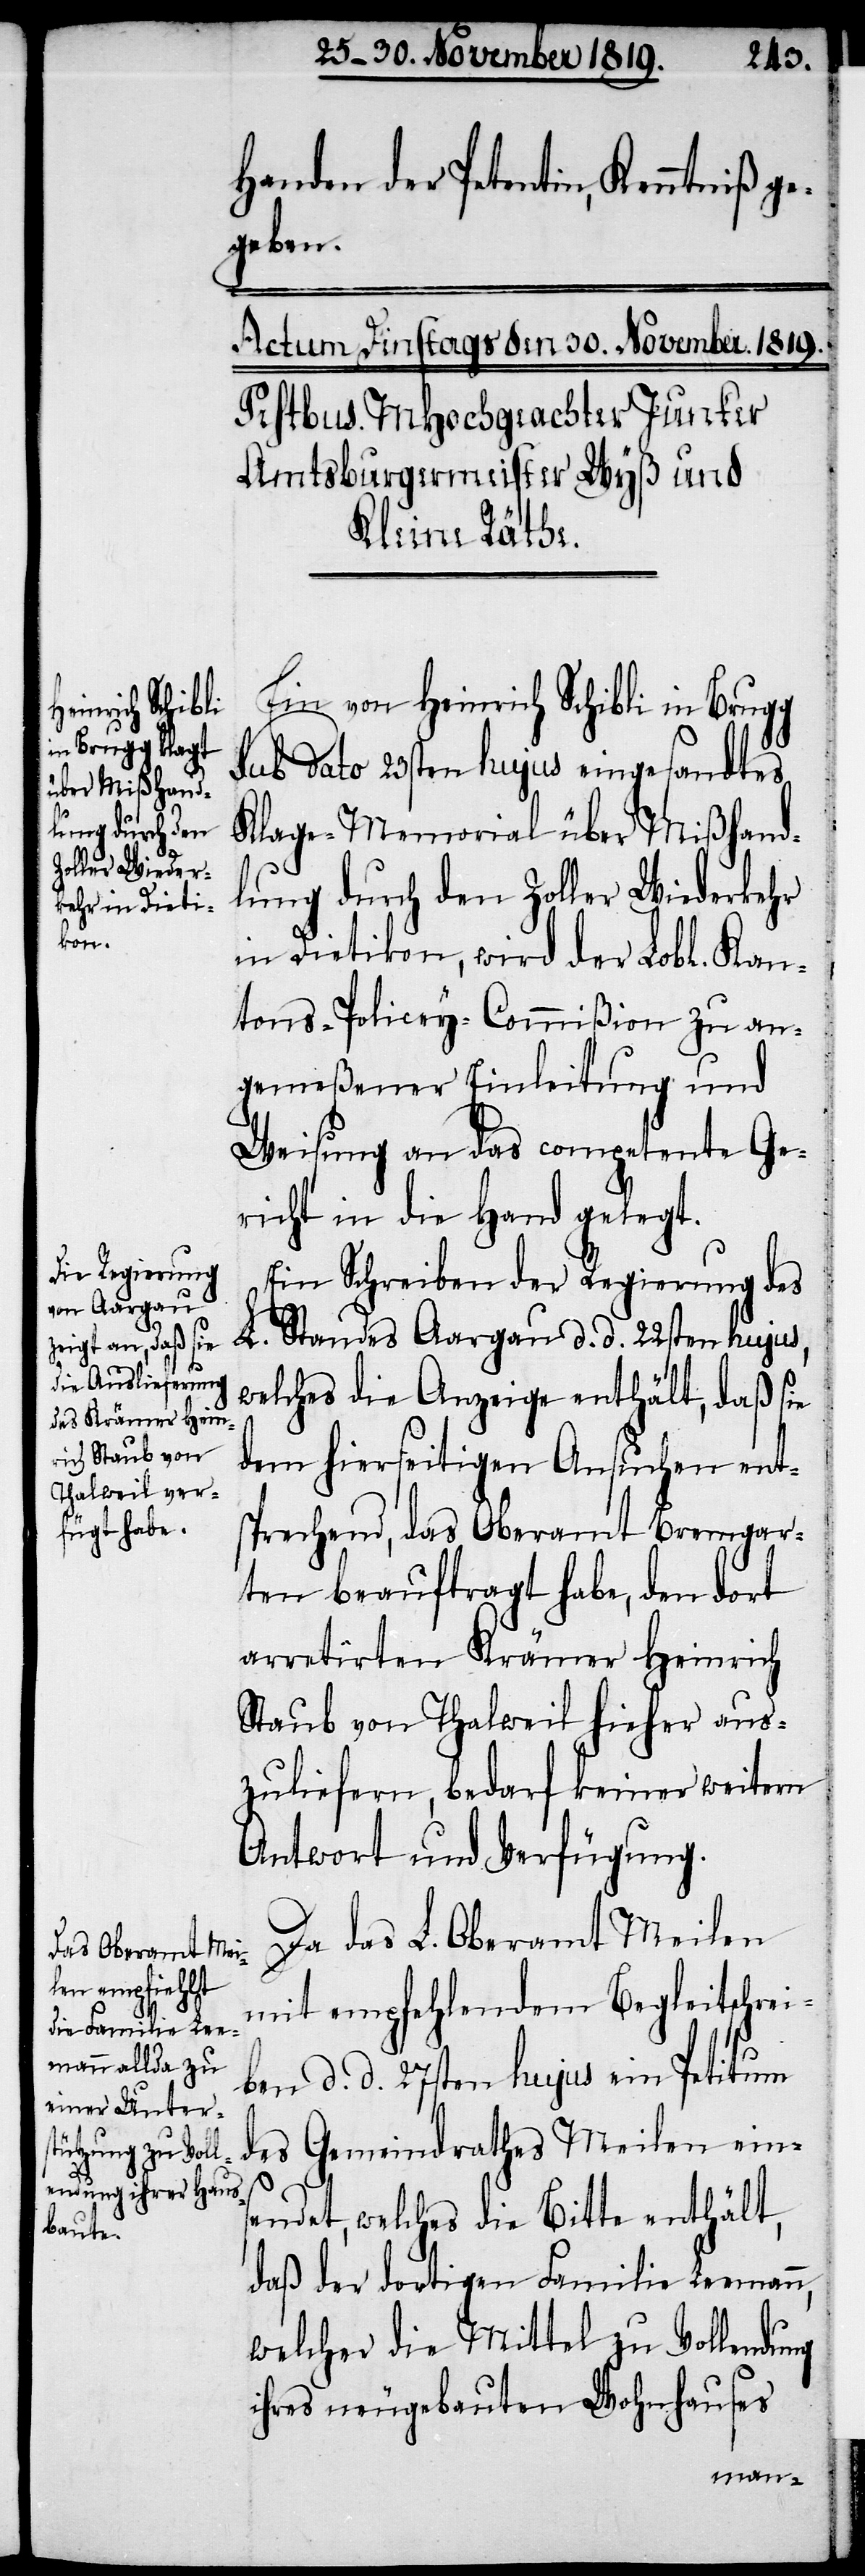
Handen der Petentin, Kenntniß g¬
egeben.
Ein von Heinrich Schibli in Brugg
sub dato 23sten hujus eingesandtes
Klage-Memorial über Mißhand¬
lung durch den Zoller Wiederkehr
in Dietikon, wird der Lobl. Kan¬
tons-Policey-Commißion zu an¬
gemeßener Einleitung und
Weisung an das competente Ge¬
richt in die Hand gelegt.
Ein Schreiben der Regierung des
L. Standes Aargau d. d. 22sten hujus,
welches die Anzeige enthält, daß sie
dem hierseitigen Ansuchen ent¬
sprechend, das Oberamt Bremgar¬
ten beauftragt habe, den dort
arretirten Krämer Heinrich
Staub von Thalweil hieher aus¬
zuliefern, bedarf keiner weitern
Antwort und Verfügung.
Da das L. Oberamt Meilen
mit empfehlendem Begleitschrei¬
ben d. d. 27sten hujus ein Petitum
des Gemeindrathes Meilen eins¬
endet, welches die Bitte enthält,
daß der dortigen Familie Leemann,
welcher die Mittel zu Vollendung
ihres neugebauten Wohnhauses